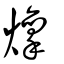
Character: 燷